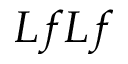
L f L f